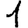
Digit: 1